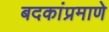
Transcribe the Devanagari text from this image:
बदकांप्रमाणे